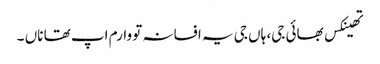
تھینکس بھائی جی، ہاں جی یہ افسانہ تو وارم اپ تھا ناں ۔